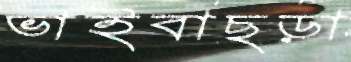
ভাইবাছড়া